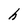
Character: h